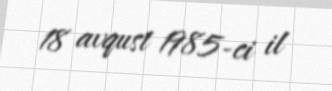
18 avqust 1985-ci il